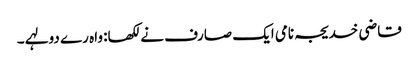
قاضی خدیجہ نامی ایک صارف نے لکھا: واہ رے دولہے ۔